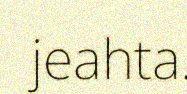
jeahta.